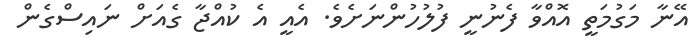
އޭނާ މަގުމަތީ އޮއްވާ ފެނުނީ ފުލުހުންނަށެވެ. އެއީ އެ ކުއްޖާ ގެއަށް ނައިސްގެން